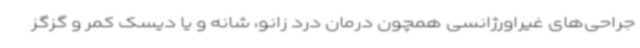
جراحی‌های غیراورژانسی همچون درمان درد زانو، شانه و یا دیسک کمر و گزگز